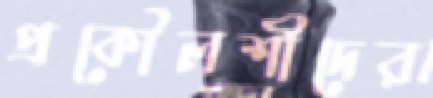
প্রকৌলশীদের